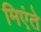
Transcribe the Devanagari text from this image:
मिएंते